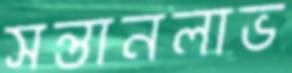
সন্তানলাভ